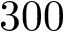
3 0 0